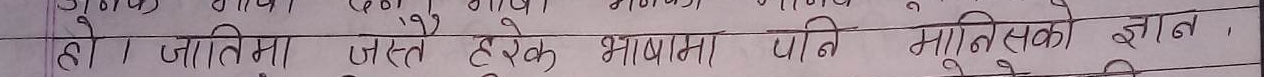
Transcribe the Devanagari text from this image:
हो । जातिमा जस्त हरेक भाषामा पनि मानिसको ज्ञान,